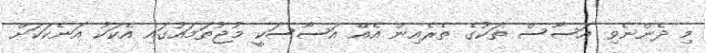
މި ދެންނެވި އަސާސް ތަކުގެ ތެރެއިން އެއް އަސާސަކީ މުޖުތަމައުގައި އެކަކު އަނެކަކަށް